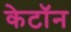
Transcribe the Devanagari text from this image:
केटॉन